Annual administration report of the Civil Veterinary Department, Sind - 1938-1939
Year: 1938
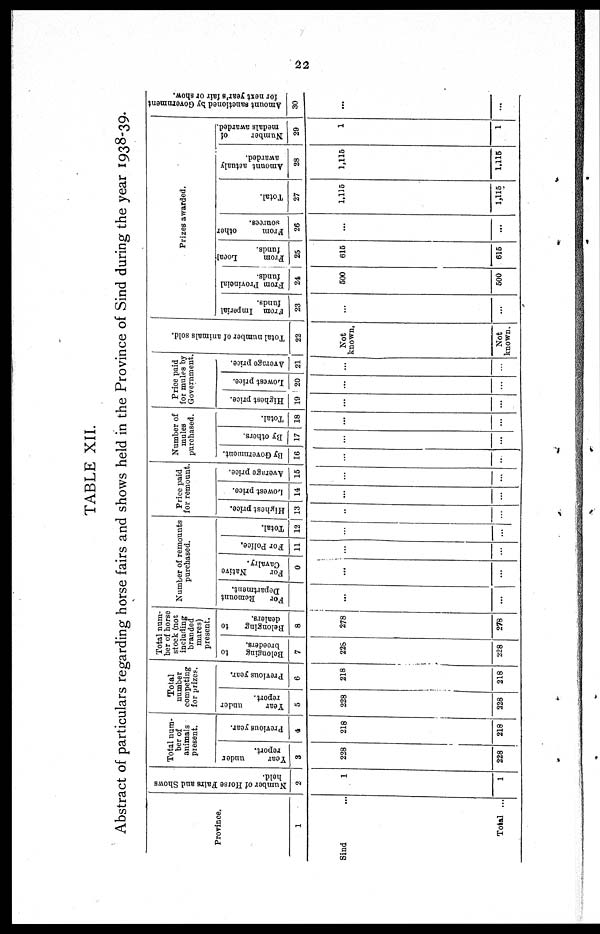
22
TABLE XII.
Abstract of particulars regarding horse fairs and shows held in the Province of Sind during the year 1938-39.
Province.
1
Sind ...
Total ...
Number of Horse Fairs and Shows
held.
2
1
1
Total n u mb e r of
animals
present.
Year
under
report.
3
228
228
Previous year.
4
218
218
Total
number
competing
for prizes.
Year
under
report.
5
228
228
Previous year.
6
218
218
Total number of h o r s e s t o c k (not
including
branded
mares)
present.
Belonging
to
breeders.
7
228
228
Belonging
to
dealers.
8
278
278
Number of remounts
purchased.
For
Remount
Department.
...
...
For
Native
Cavalry.
0
...
...
For Police,
11
...
...
Total.
12
...
...
Price paid
for remount
Highest price.
13
...
...
Lowest price.
14
...
...
Average price.
15
...
...
Number of
mules
purchased.
By Government.
16
...
...
By others.
17
...
...
Total.
18
...
...
Price paid
for mules by
Government
Highest price.
19
...
...
Lowest price.
20
...
...
Average price.
21
...
...
Total number of animals sold.
22
Not
known.
Not
known.
Prizes awarded.
From Imperial
funds.
23
...
...
From Provincial
funds.
24
500
500
From
Local
funds.
25
615
615
From
other
sources.
26
...
...
Total.
27
1,115
1,115
Amount actualy
awarded.
28
1,115
1,115
Number
of
medals awarded.
29
1
1
Amount sanctioned by Government
for next year's fair or show.
30
...
...